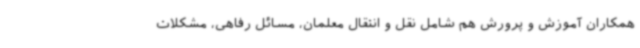
همکاران آموزش و پرورش هم شامل نقل و انتقال معلمان، مسائل رفاهی، مشکلات